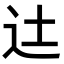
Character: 𨑒